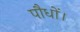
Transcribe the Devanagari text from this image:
पौधों।